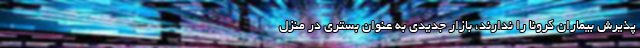
پذیرش بیماران کرونا را ندارند، بازار جدیدی به عنوان بستری در منزل